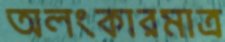
অলংকারমাত্র